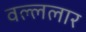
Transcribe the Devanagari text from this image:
वल्ललार